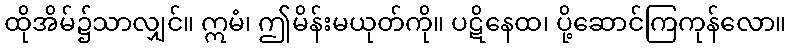
ထိုအိမ်၌သာလျှင်။ ဣမံ၊ ဤမိန်းမယုတ်ကို။ ပဋိနေထ၊ ပို့ဆောင်ကြကုန်လော။